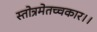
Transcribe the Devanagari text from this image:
स्तोत्रमेतच्चकार।।